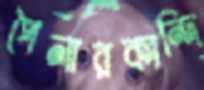
পৈলারকান্দি